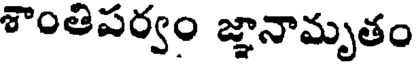
శాంతిపర్వం జ్ఞానామృతం